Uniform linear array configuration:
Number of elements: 64
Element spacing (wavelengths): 0.75
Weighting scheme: kaiser
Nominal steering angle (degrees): -15
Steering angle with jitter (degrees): -13.673
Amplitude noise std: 0.05
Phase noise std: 0.05

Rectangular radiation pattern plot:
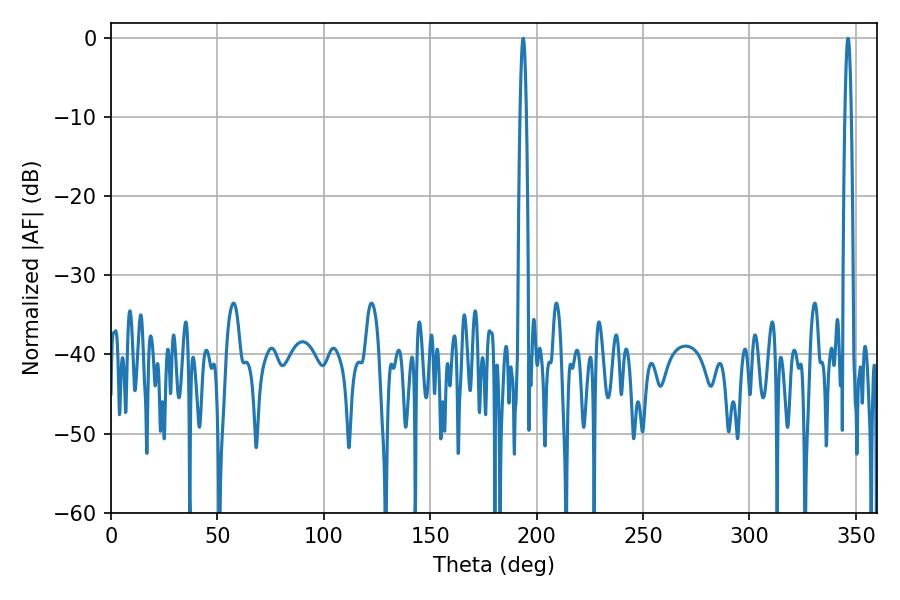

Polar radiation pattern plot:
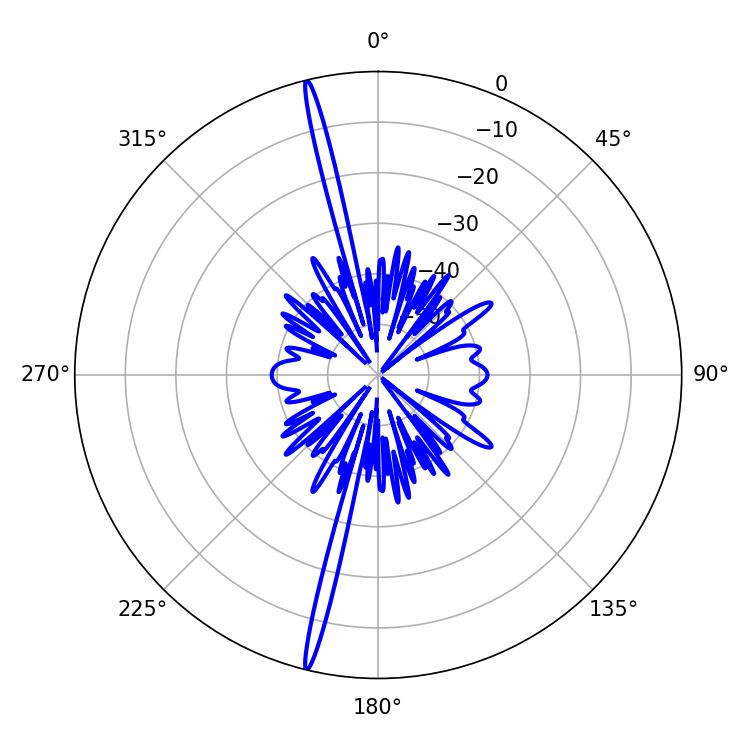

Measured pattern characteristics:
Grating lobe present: TRUE
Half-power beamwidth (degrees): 1.44
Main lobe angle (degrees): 346.32